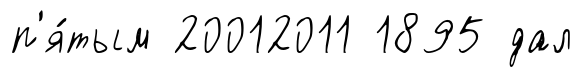
п'я́тым 20012011 1895 дал